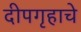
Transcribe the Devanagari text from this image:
दीपगृहाचे